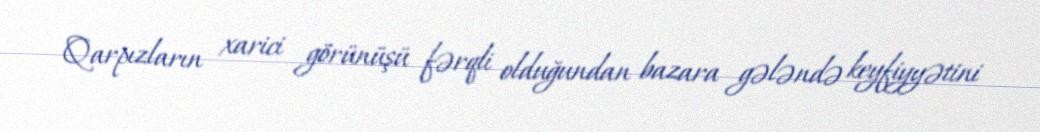
Qarpızların xarici görünüşü fərqli olduğundan bazara gələndə keyfiyyətini